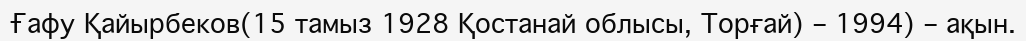
Ғафу Қайырбеков(15 тамыз 1928 Қостанай облысы, Торғай) – 1994) – ақын.